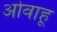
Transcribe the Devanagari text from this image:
ओवाहू